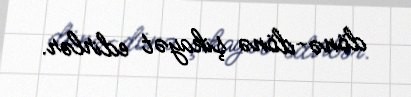
dönə-dönə şikayət edirlər.